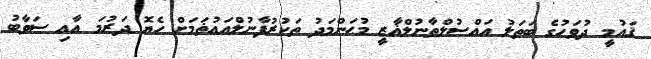
ޤައުމީ ދުވަހުގެ ބަޠަލު އައްސުލްޠާނުލްޣާޒީ މުޙަންމަދު ތަކުރުފާނުލްއަޢުޡަމަށް ހެޔޮ ދަރުމަ އާއި ސަވާބު